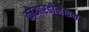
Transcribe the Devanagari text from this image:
कोआरडीनेशन